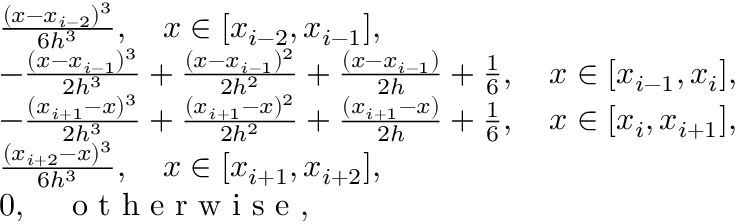
\begin{array} { r l } & { \frac { ( x - x _ { i - 2 } ) ^ { 3 } } { 6 h ^ { 3 } } , \quad x \in [ x _ { i - 2 } , x _ { i - 1 } ] , } \\ & { - \frac { ( x - x _ { i - 1 } ) ^ { 3 } } { 2 h ^ { 3 } } + \frac { ( x - x _ { i - 1 } ) ^ { 2 } } { 2 h ^ { 2 } } + \frac { ( x - x _ { i - 1 } ) } { 2 h } + \frac { 1 } { 6 } , \quad x \in [ x _ { i - 1 } , x _ { i } ] , } \\ & { - \frac { ( x _ { i + 1 } - x ) ^ { 3 } } { 2 h ^ { 3 } } + \frac { ( x _ { i + 1 } - x ) ^ { 2 } } { 2 h ^ { 2 } } + \frac { ( x _ { i + 1 } - x ) } { 2 h } + \frac { 1 } { 6 } , \quad x \in [ x _ { i } , x _ { i + 1 } ] , } \\ & { \frac { ( x _ { i + 2 } - x ) ^ { 3 } } { 6 h ^ { 3 } } , \quad x \in [ x _ { i + 1 } , x _ { i + 2 } ] , } \\ & { 0 , \quad \textup { o t h e r w i s e } , } \end{array}